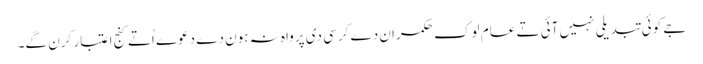
جے کوئی تبدیلی نہیں آئی تے عام لوک حکمران دے کرسی دی پرواہ نہ ہون دے دعوے اُتے کنج اعتبار کرن گے۔